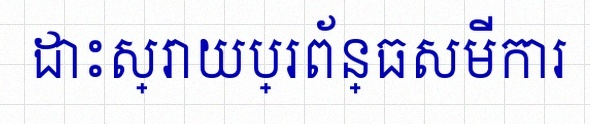
ដោះស្រាយប្រព័ន្ធសមីការ